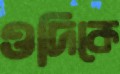
ওদিকে